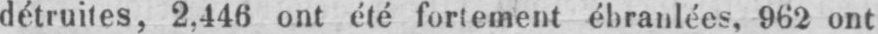
détruites, 2,446 ont été fortement ébranlées, 962 ont